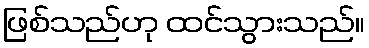
ဖြစ်သည်ဟု ထင်သွားသည်။